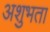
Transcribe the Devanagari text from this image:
अशुभता